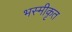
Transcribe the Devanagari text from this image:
भस्मीकृत